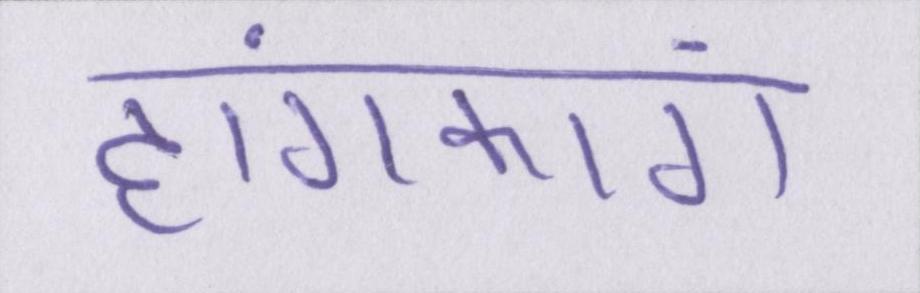
हांगकांग